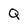
Character: Q